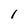
Character: I